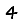
Digit: 4